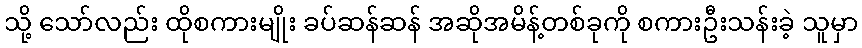
သို့ သော်လည်း ထိုစကားမျိုး ခပ်ဆန်ဆန် အဆိုအမိန့်တစ်ခုကို စကားဦးသန်းခဲ့ သူမှာ